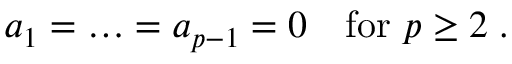
a _ { 1 } = \ldots = a _ { p - 1 } = 0 \quad \mathrm { f o r } \ p \geq 2 \; .